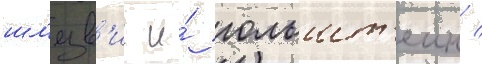
шл'езв'иг и́ гольшт'еин /